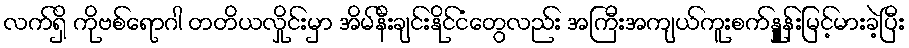
လက်ရှိ ကိုဗစ်ရောဂါ တတိယလှိုင်းမှာ အိမ်နီးချင်းနိုင်ငံတွေလည်း အကြီးအကျယ်ကူးစက်နှုူန်းမြင့်မားခဲ့ပြီး